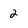
Character: 2